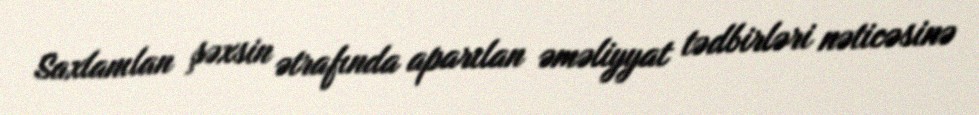
Saxlanılan şəxsin ətrafında aparılan əməliyyat tədbirləri nəticəsinə